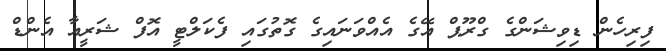
ފިރިހެން ޑިވިޝަންގެ ގްރޫޕް އޭގެ އެއްވަނައިގެ ގޮތުގައި ފެކަލްޓީ އޮފް ޝަރީއާ އެންޑް